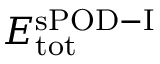
E _ { \mathrm { t o t } } ^ { \mathrm { s P O D - I } }